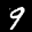
Label: 9